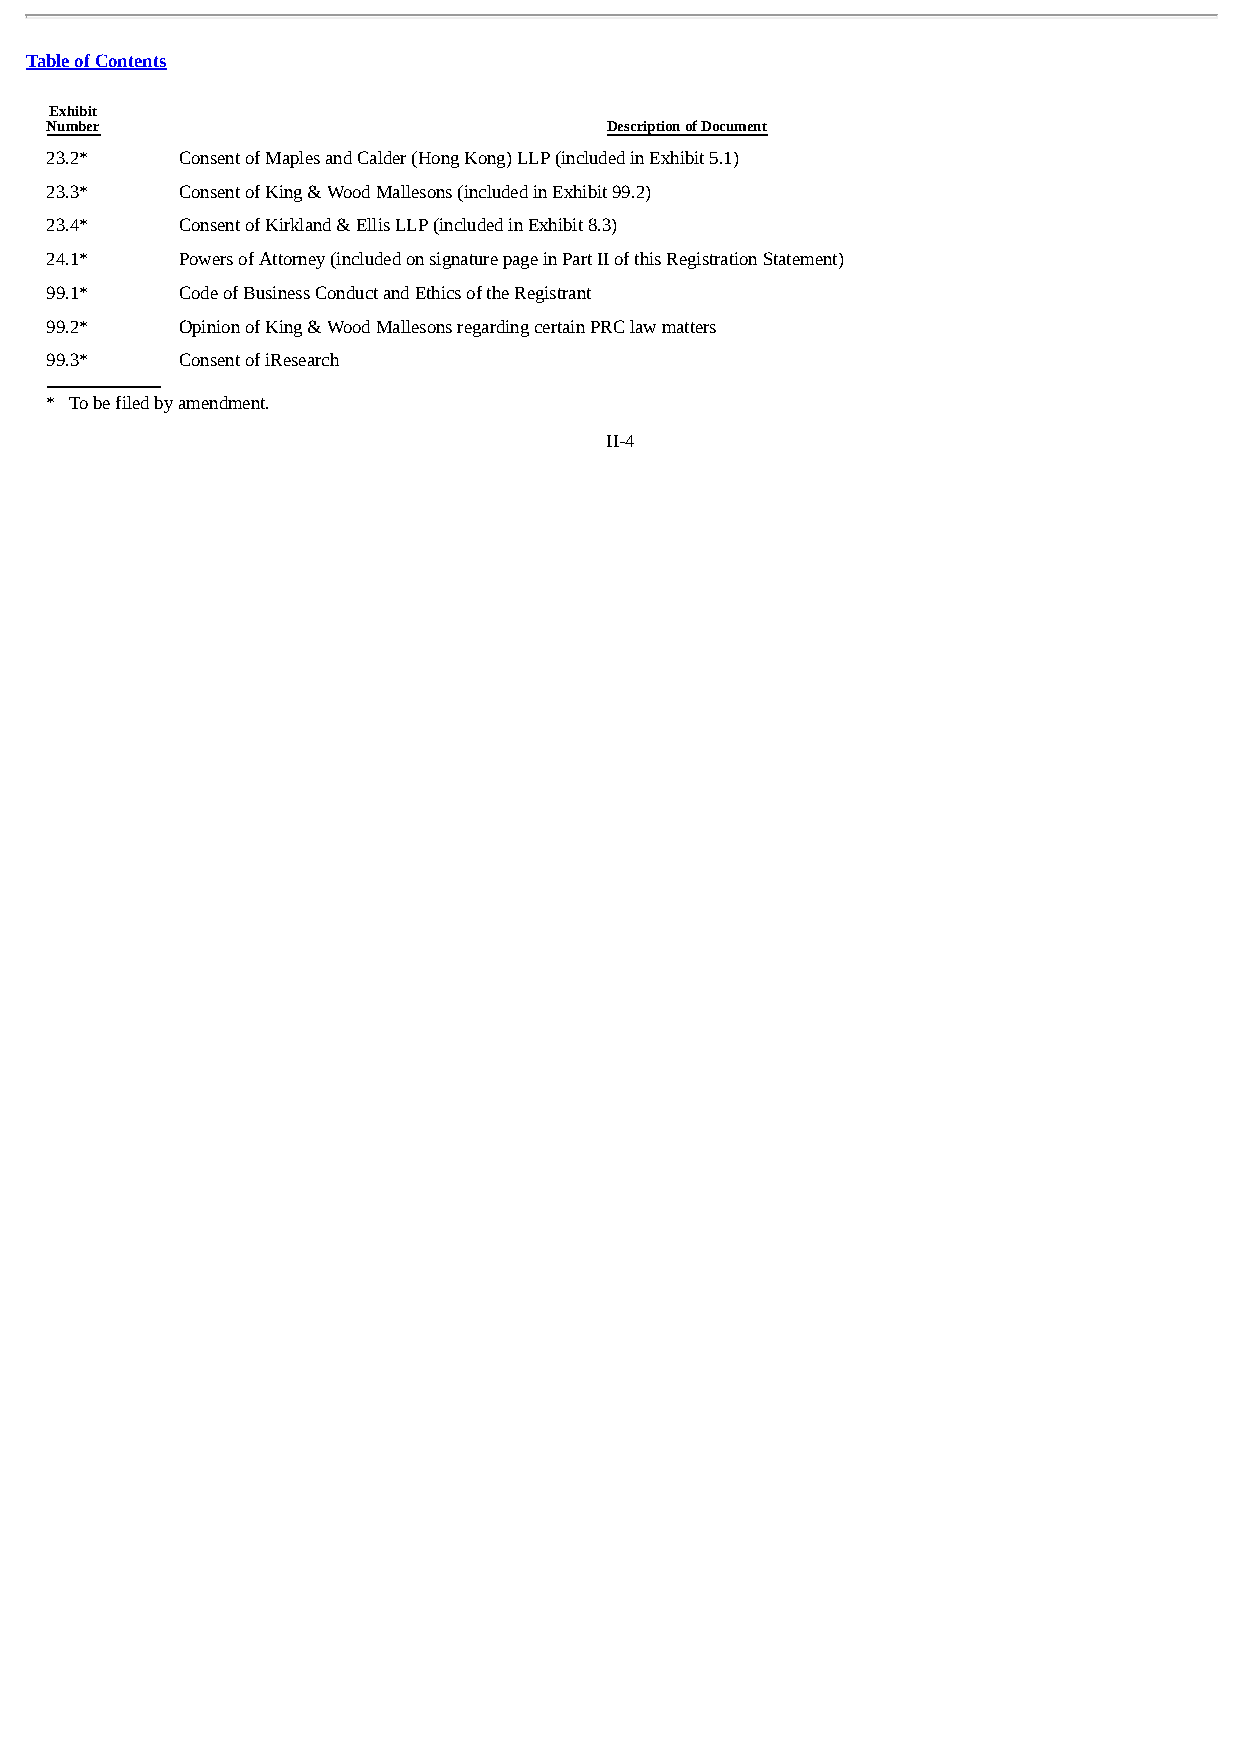
Table of Contents
 Exhibit
 Number                               Description of Document
 23.2*    Consent of Maples and Calder (Hong Kong) LLP (included in Exhibit 5.1)
 23.3*    Consent of King & Wood Mallesons (included in Exhibit 99.2)
 23.4*    Consent of Kirkland & Ellis LLP (included in Exhibit 8.3)
 24.1*    Powers of Attorney (included on signature page in Part II of this Registration Statement)
 99.1*    Code of Business Conduct and Ethics of the Registrant
 99.2*    Opinion of King & Wood Mallesons regarding certain PRC law matters
 99.3*    Consent of iResearch
 * To be filed by amendment.
 II-4